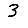
Digit: 3